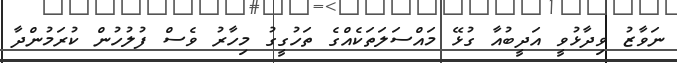
ނަވާޒު ވިދާޅުވީ އަދީބުއާ ގުޅޭ މައްސަލަތަކެއްގެ ތަހުގީގު މިހާރު ވެސް ފުލުހުން ކުރަމުންދާ